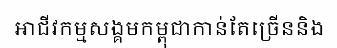
អាជីវកម្មសង្គមកម្ពុជាកាន់តែច្រើននិង